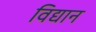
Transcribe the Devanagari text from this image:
विद्यान